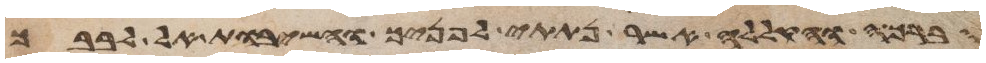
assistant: הברכה והקללה אשר נתתי לפניך והשבות אל לבבך